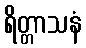
ရိတ္တာသနံ